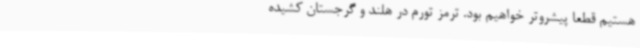
هستیم قطعاً پیشروتر خواهیم بود. ترمز تورم در هلند و گرجستان کشیده